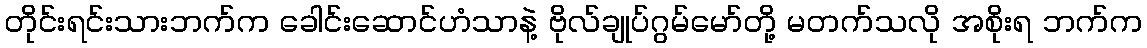
တိုင်းရင်းသားဘက်က ခေါင်းဆောင်ဟံသာနဲ့ ဗိုလ်ချုပ်ဂွမ်မော်တို့ မတက်သလို အစိုးရ ဘက်က